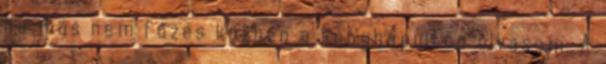
ha más nem főzés közben a konyhapulton olvasom. A